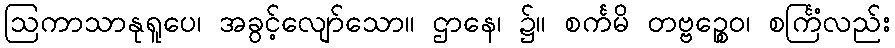
ဩကာသာနုရူပေ၊ အခွင့်လျော်သော။ ဌာနေ၊ ၌။ စင်္ကမိ တဗ္ဗဉ္စေဝ၊ စင်္ကြံလည်း